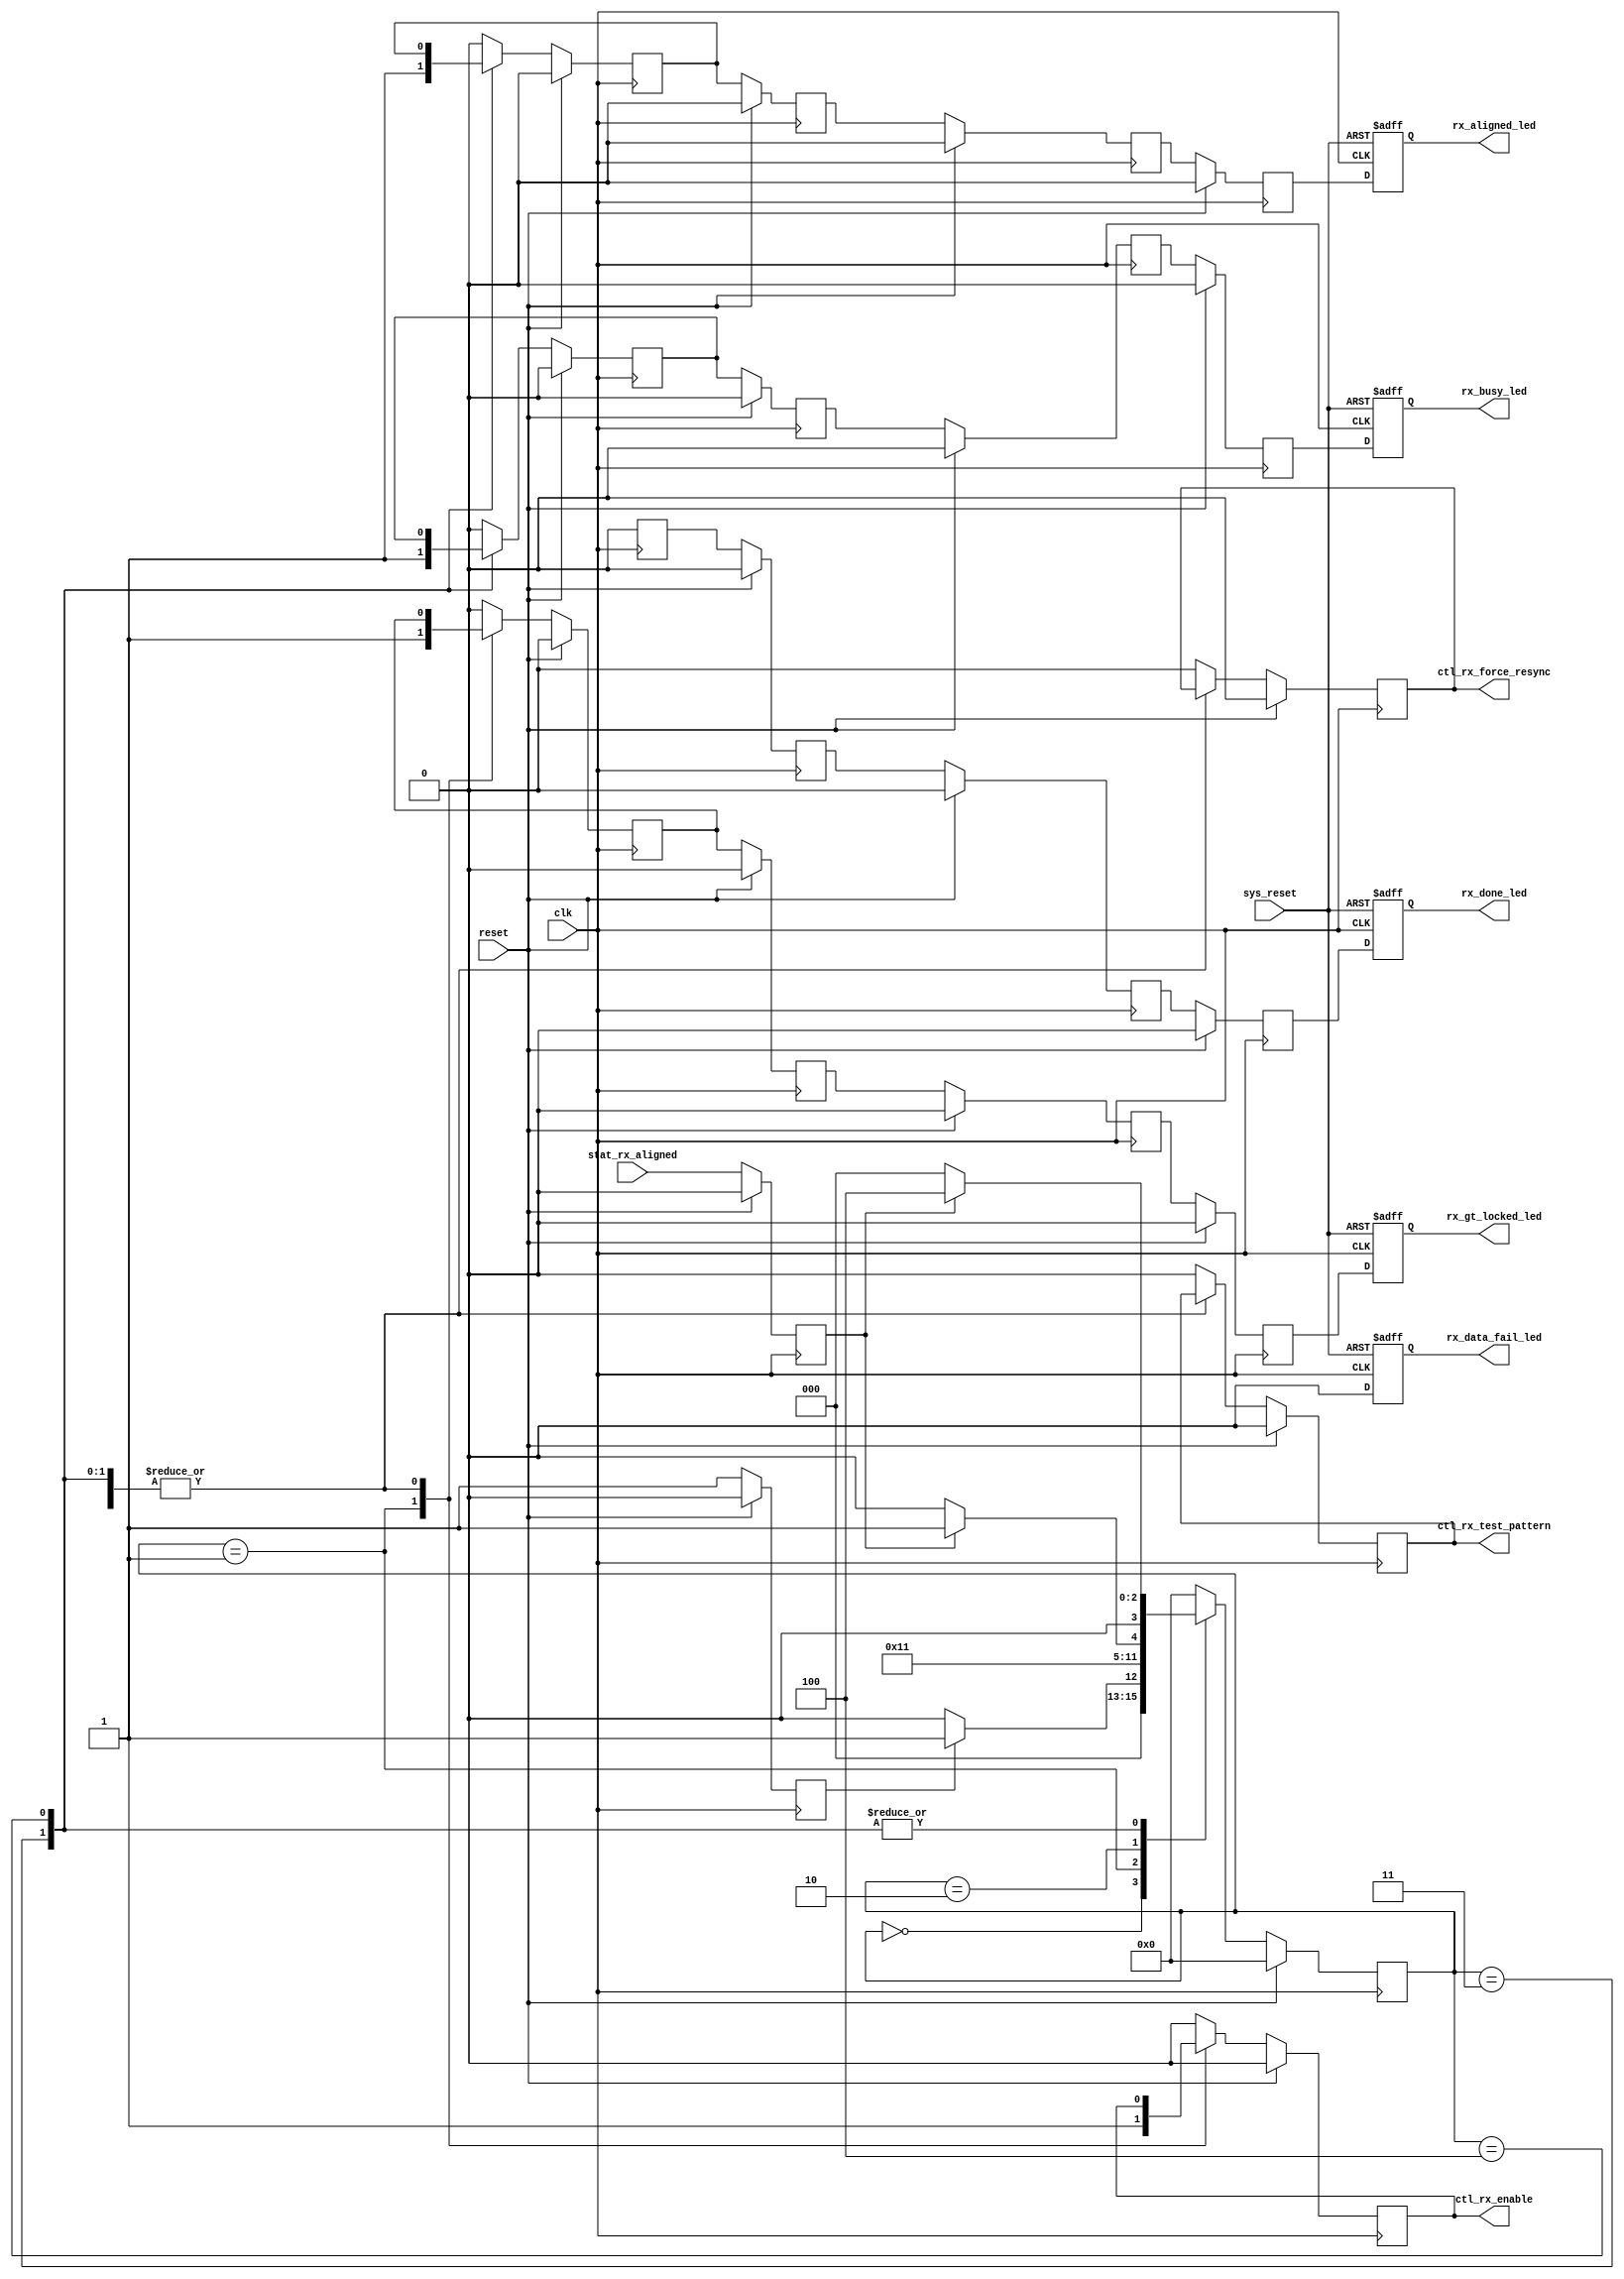
/************************************************
Copyright (c) 2020, Xilinx, Inc.
All rights reserved.

Redistribution and use in source and binary forms, with or without modification, 
are permitted provided that the following conditions are met:

1. Redistributions of source code must retain the above copyright notice, 
this list of conditions and the following disclaimer.

2. Redistributions in binary form must reproduce the above copyright notice, 
this list of conditions and the following disclaimer in the documentation 
and/or other materials provided with the distribution.

3. Neither the name of the copyright holder nor the names of its contributors 
may be used to endorse or promote products derived from this software 
without specific prior written permission.

THIS SOFTWARE IS PROVIDED BY THE COPYRIGHT HOLDERS AND CONTRIBUTORS "AS IS" AND 
ANY EXPRESS OR IMPLIED WARRANTIES, INCLUDING, BUT NOT LIMITED TO, 
THE IMPLIED WARRANTIES OF MERCHANTABILITY AND FITNESS FOR A PARTICULAR PURPOSE ARE DISCLAIMED. 
IN NO EVENT SHALL THE COPYRIGHT HOLDER OR CONTRIBUTORS BE LIABLE FOR ANY DIRECT, INDIRECT, 
INCIDENTAL, SPECIAL, EXEMPLARY, OR CONSEQUENTIAL DAMAGES (INCLUDING, BUT NOT LIMITED TO, 
PROCUREMENT OF SUBSTITUTE GOODS OR SERVICES; LOSS OF USE, DATA, OR PROFITS; OR BUSINESS INTERRUPTION) 
HOWEVER CAUSED AND ON ANY THEORY OF LIABILITY, WHETHER IN CONTRACT, STRICT LIABILITY, 
OR TORT (INCLUDING NEGLIGENCE OR OTHERWISE) ARISING IN ANY WAY OUT OF THE USE OF THIS SOFTWARE, 
EVEN IF ADVISED OF THE POSSIBILITY OF SUCH DAMAGE.

************************************************/

`timescale 1ps/1ps


module rx_sync (
    input  wire clk                  ,
    input  wire reset                ,
    input  wire sys_reset            ,
    input  wire stat_rx_aligned      ,
    output wire ctl_rx_enable        ,
    output wire ctl_rx_force_resync  ,
    output wire ctl_rx_test_pattern  ,
    output reg  rx_gt_locked_led     ,
    output reg  rx_aligned_led       ,
    output reg  rx_done_led          ,
    output reg  rx_data_fail_led     ,
    output reg  rx_busy_led
);



    //// pkt_mon States
    parameter STATE_RX_IDLE           = 0;
    parameter STATE_GT_LOCKED         = 1;
    parameter STATE_WAIT_RX_ALIGNED   = 2;
    parameter STATE_PKT_TRANSFER_INIT = 3;
    parameter STATE_LBUS_RX_ENABLE    = 4;
    parameter STATE_LBUS_RX_DONE      = 5;
    parameter STATE_WAIT_FOR_RESTART  = 6;

    ////State Registers for RX
    reg [3:0] rx_prestate;


    reg rx_done_reg;
    reg stat_rx_aligned_1d, reset_done;


    reg ctl_rx_enable_r, ctl_rx_force_resync_r, ctl_rx_test_pattern_r;
    reg gt_lock_led, rx_aligned_led_c, rx_core_busy_led;
    reg rx_gt_locked_led_1d, stat_rx_aligned_led_1d, rx_done_led_1d, rx_core_busy_led_1d;
    reg rx_gt_locked_led_2d, stat_rx_aligned_led_2d, rx_done_led_2d, rx_core_busy_led_2d;
    reg rx_gt_locked_led_3d, stat_rx_aligned_led_3d, rx_done_led_3d, rx_core_busy_led_3d;

    ////----------------------------------------RX Module -----------------------//
    //////////////////////////////////////////////////
    ////registering input signal generation
    //////////////////////////////////////////////////
    always @( posedge clk ) begin
        if ( reset == 1'b1 ) begin
            reset_done         <= 1'b0;
            stat_rx_aligned_1d <= 1'b0;
        end
        else begin
            reset_done         <= 1'b1;
            stat_rx_aligned_1d <= stat_rx_aligned;
        end
    end


    //////////////////////////////////////////////////
    ////RX State Machine
    //////////////////////////////////////////////////
    always @( posedge clk ) begin
        if ( reset == 1'b1 ) begin
            rx_prestate           <= STATE_RX_IDLE;
            gt_lock_led           <= 1'b0;
            rx_aligned_led_c      <= 1'b0;
            rx_core_busy_led      <= 1'b0;
            ctl_rx_enable_r       <= 1'b0;
            ctl_rx_force_resync_r <= 1'b0;
            ctl_rx_test_pattern_r <= 1'b0;
        end
        else begin
            case (rx_prestate)
                STATE_RX_IDLE : begin
                    gt_lock_led           <= 1'b0;
                    rx_aligned_led_c      <= 1'b0;
                    rx_core_busy_led      <= 1'b0;
                    ctl_rx_enable_r       <= 1'b0;
                    ctl_rx_force_resync_r <= 1'b0;
                    ctl_rx_test_pattern_r <= 1'b0;
                    //// State transition
                    if  (reset_done == 1'b1)
                        rx_prestate <= STATE_GT_LOCKED;
                    else
                        rx_prestate <= STATE_RX_IDLE;
                end
                STATE_GT_LOCKED : begin
                    gt_lock_led           <= 1'b1;
                    rx_core_busy_led      <= 1'b0;
                    rx_aligned_led_c      <= 1'b0;
                    ctl_rx_enable_r       <= 1'b1;
                    ctl_rx_force_resync_r <= 1'b0;
                    ctl_rx_test_pattern_r <= 1'b0;

                    //// State transition
                    rx_prestate <= STATE_WAIT_RX_ALIGNED;
                end
                STATE_WAIT_RX_ALIGNED : begin
                    rx_aligned_led_c <= 1'b0;
                    rx_core_busy_led <= 1'b0;

                    //// State transition
                    if  (stat_rx_aligned_1d == 1'b1)
                        rx_prestate <= STATE_PKT_TRANSFER_INIT;
                    else
                        rx_prestate <= STATE_WAIT_RX_ALIGNED;
                end
                STATE_PKT_TRANSFER_INIT : begin
                    rx_aligned_led_c <= 1'b1;
                    rx_core_busy_led <= 1'b1;

                    //// State transition
                    if  (stat_rx_aligned_1d == 1'b0)
                        rx_prestate <= STATE_RX_IDLE;
                    else
                        rx_prestate <= STATE_LBUS_RX_ENABLE;
                end
                STATE_LBUS_RX_ENABLE : begin
                    //// State transition
                    if  (stat_rx_aligned_1d == 1'b0)
                        rx_prestate <= STATE_RX_IDLE;
                    else
                        rx_prestate <= STATE_LBUS_RX_ENABLE;
                end
                default : begin
                    gt_lock_led           <= 1'b0;
                    rx_aligned_led_c      <= 1'b0;
                    rx_core_busy_led      <= 1'b0;
                    ctl_rx_enable_r       <= 1'b0;
                    ctl_rx_force_resync_r <= 1'b0;
                    ctl_rx_test_pattern_r <= 1'b0;
                    rx_prestate           <= STATE_RX_IDLE;
                end
            endcase
        end
    end

    //////////////////////////////////////////////////
    ////rx_done_reg signal generation
    //////////////////////////////////////////////////
    always @( posedge clk ) begin
        rx_done_reg <= 1'b0; // Always accepting data.
    end



    //////////////////////////////////////////////////
    ////Assign RX LED Output ports with ASYN sys_reset
    //////////////////////////////////////////////////
    always @( posedge clk, posedge sys_reset  )begin
        if ( sys_reset == 1'b1 ) begin
            rx_gt_locked_led <= 1'b0;
            rx_aligned_led   <= 1'b0;
            rx_done_led      <= 1'b0;
            rx_data_fail_led <= 1'b0;
            rx_busy_led      <= 1'b0;
        end
        else begin
            rx_gt_locked_led <= rx_gt_locked_led_3d;
            rx_aligned_led   <= stat_rx_aligned_led_3d;
            rx_done_led      <= rx_done_led_3d;
            rx_data_fail_led <= 1'b0;
            rx_busy_led      <= rx_core_busy_led_3d;
        end
    end

    //////////////////////////////////////////////////
    ////Registering the LED ports
    //////////////////////////////////////////////////
    always @( posedge clk ) begin
        if ( reset == 1'b1 ) begin
            rx_gt_locked_led_1d    <= 1'b0;
            rx_gt_locked_led_2d    <= 1'b0;
            rx_gt_locked_led_3d    <= 1'b0;
            stat_rx_aligned_led_1d <= 1'b0;
            stat_rx_aligned_led_2d <= 1'b0;
            stat_rx_aligned_led_3d <= 1'b0;
            rx_done_led_1d         <= 1'b0;
            rx_done_led_2d         <= 1'b0;
            rx_done_led_3d         <= 1'b0;
            rx_core_busy_led_1d    <= 1'b0;
            rx_core_busy_led_2d    <= 1'b0;
            rx_core_busy_led_3d    <= 1'b0;
        end
        else begin
            rx_gt_locked_led_1d    <= gt_lock_led;
            rx_gt_locked_led_2d    <= rx_gt_locked_led_1d;
            rx_gt_locked_led_3d    <= rx_gt_locked_led_2d;
            stat_rx_aligned_led_1d <= rx_aligned_led_c;
            stat_rx_aligned_led_2d <= stat_rx_aligned_led_1d;
            stat_rx_aligned_led_3d <= stat_rx_aligned_led_2d;
            rx_done_led_1d         <= rx_done_reg;
            rx_done_led_2d         <= rx_done_led_1d;
            rx_done_led_3d         <= rx_done_led_2d;
            rx_core_busy_led_1d    <= rx_core_busy_led;
            rx_core_busy_led_2d    <= rx_core_busy_led_1d;
            rx_core_busy_led_3d    <= rx_core_busy_led_2d;
        end
    end



    assign ctl_rx_enable       = ctl_rx_enable_r;
    assign ctl_rx_force_resync = ctl_rx_force_resync_r;
    assign ctl_rx_test_pattern = ctl_rx_test_pattern_r;
    ////----------------------------------------END RX Module-----------------------//

endmodule